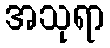
အသုရာ